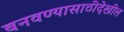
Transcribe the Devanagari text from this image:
बनवण्यासाठीदेखील